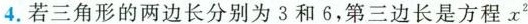
4.若三角形的两边长分别为3和6，第三边长是方程$$x^{2}